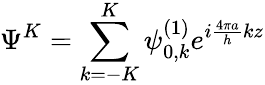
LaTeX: \displaystyle\Psi^{K}=\sum_{k=-K}^{K}\psi_{0,k}^{(1)}e^{i\frac{4\pi a}{h}kz}